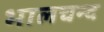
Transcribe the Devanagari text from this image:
भालचन्द